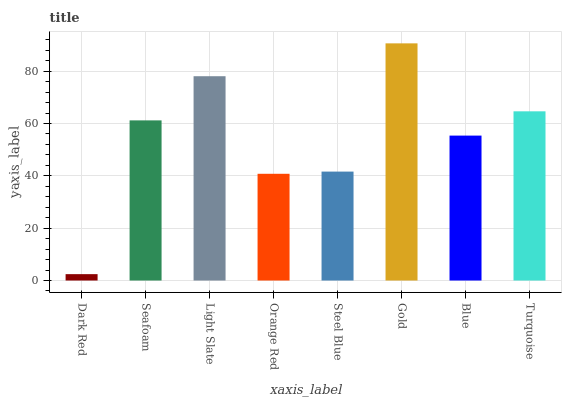
| xaxis_label | bars |
 | --- | --- |
 | Dark Red | 2.44 |
 | Seafoam | 61.2 |
 | Light Slate | 78.1 |
 | Orange Red | 40.8 |
 | Steel Blue | 41.6 |
 | Gold | 90.6 |
 | Blue | 55.4 |
 | Turquoise | 64.7 |